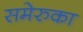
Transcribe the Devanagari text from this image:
समेरुका